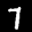
Digit: 7